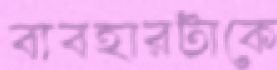
ব্যবহারটাকে